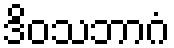
ဒိဝသဘာဂံ